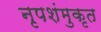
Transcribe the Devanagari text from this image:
नृपशंमुकृत